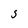
Character: 3